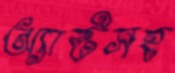
অ্যাক্টসহ